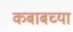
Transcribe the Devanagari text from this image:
कबाबच्या